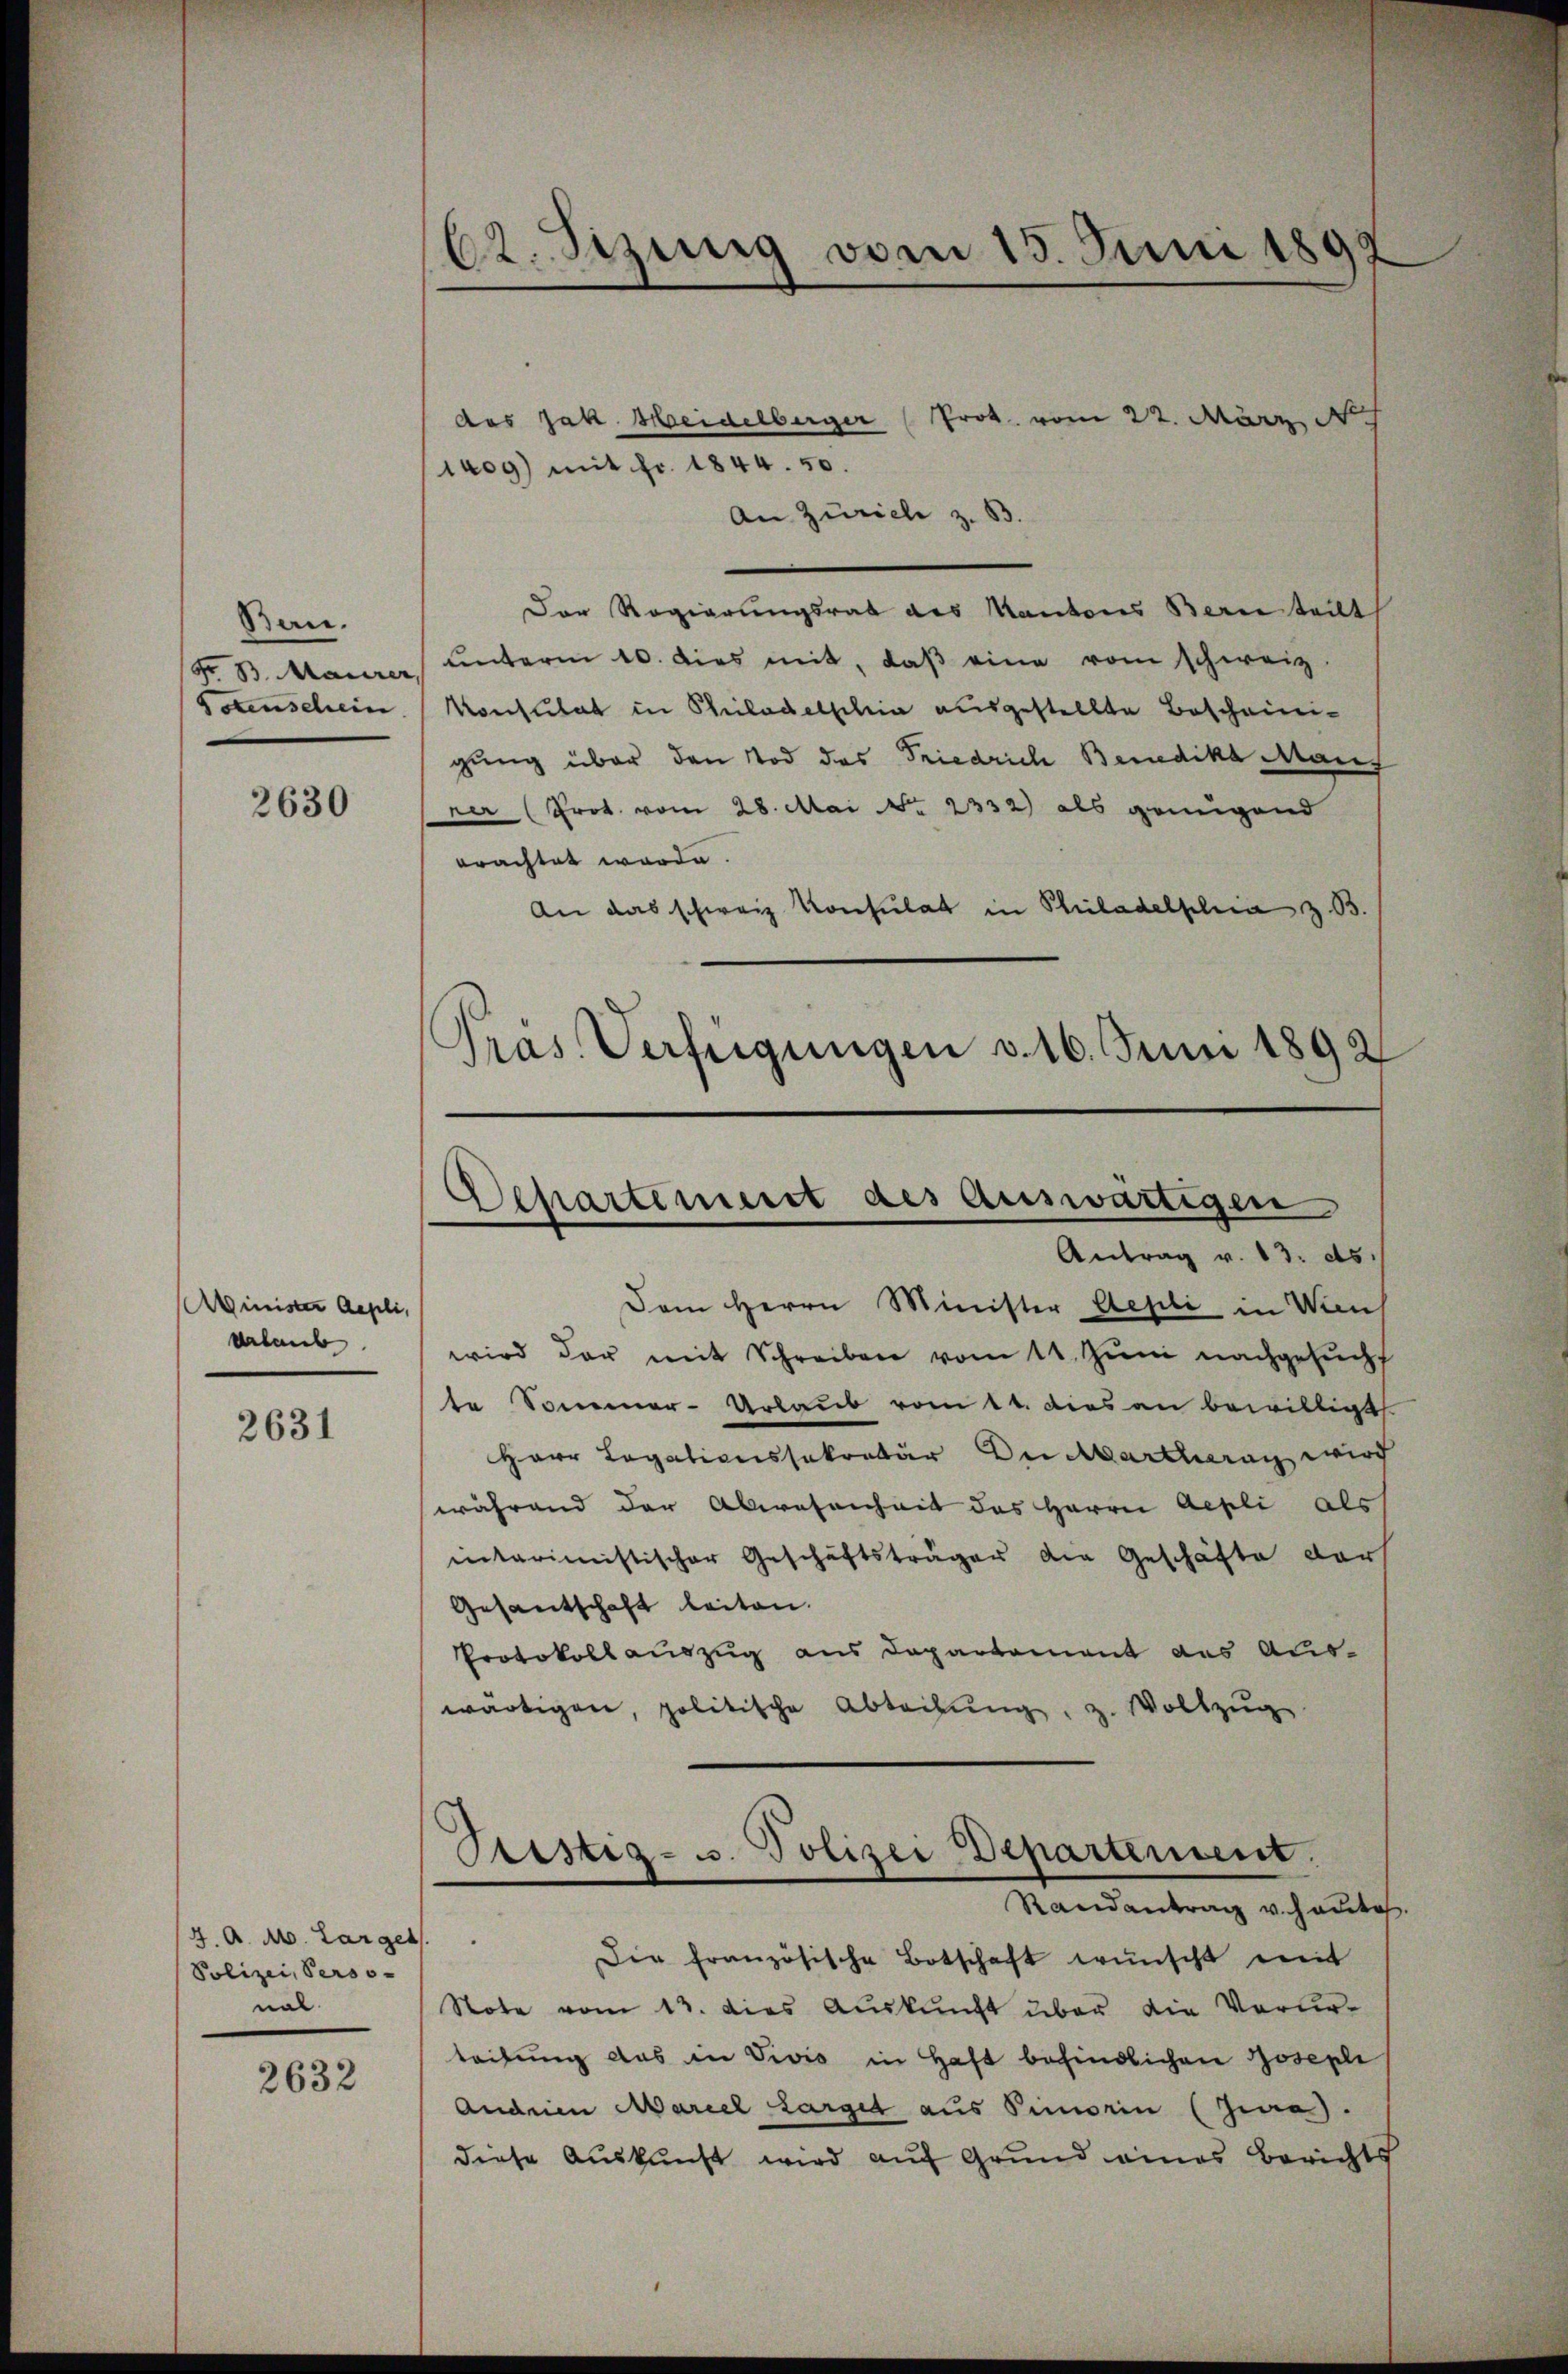
Ban.
Fr B. Maurer
9stenschein

2630

Minister Aepli,
derlaub

2631

4. A. A. Larget
Polizei, Perso-
nal

2632

das Jak. Heidelberger (Prot. vom 22. März
14og) mit Fr. 1844. 50.
An Zürich z. B.
Der Regierungsrat des Kantons Bern teilt
ŭnterm 10. dies mit, daβ eine vom schweiz.
Konsulat in Philadelphia ausgestellte Bescheinigung über den Tod des Friedrich Benedika Mang
ver (Prot. vom 28. Mai No 2332) als genügend
erachtet werde.
An das schweiz. Konsulat in Philadelphia z. B.

62. Sizung vom 15. Juni 1892

Präs. Verfügungen v. 16. Juni 1892.

Antrag v. 13. ds.
Dem Herrn Minister Aepli in Wien
wird der mit Schreiben vom 11. Jŭni nachgesŭcht
te Sommer-Urlaub vom 11. dies an bewilligt.
Herr Legationssekretär Du Martheran wird
während der Abwesenheit des Herrn Aepli als
nnitarimistischer Geschäftsträger die Geschäfte darf
Gesantschaft leiten.
Protokollauszug aus Departement des Auswärtigen, politische Abteilŭng, z. Vollzug
Randantrag v. heute
h
Die französische Botschaft wünscht mit
Stote vom 13. dies Auskunft über die Verurteilung das in Divis in Haft befindlichen Josephi
Andrien Mariel Larget aus Pimorin (Jia).
diese Auskunft wird auf Grund eines Berichts

Departement des Auswärtigen

Stistig- u. Polizei Departement.